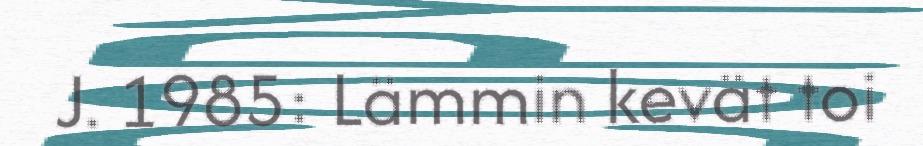
J. 1985: Lämmin kevät toi